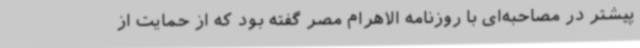
پیشتر در مصاحبه‌ای با روزنامه الاهرام مصر گفته بود که از حمایت از